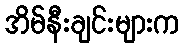
အိမ်နီးချင်းများက